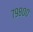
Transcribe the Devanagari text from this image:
७९८००